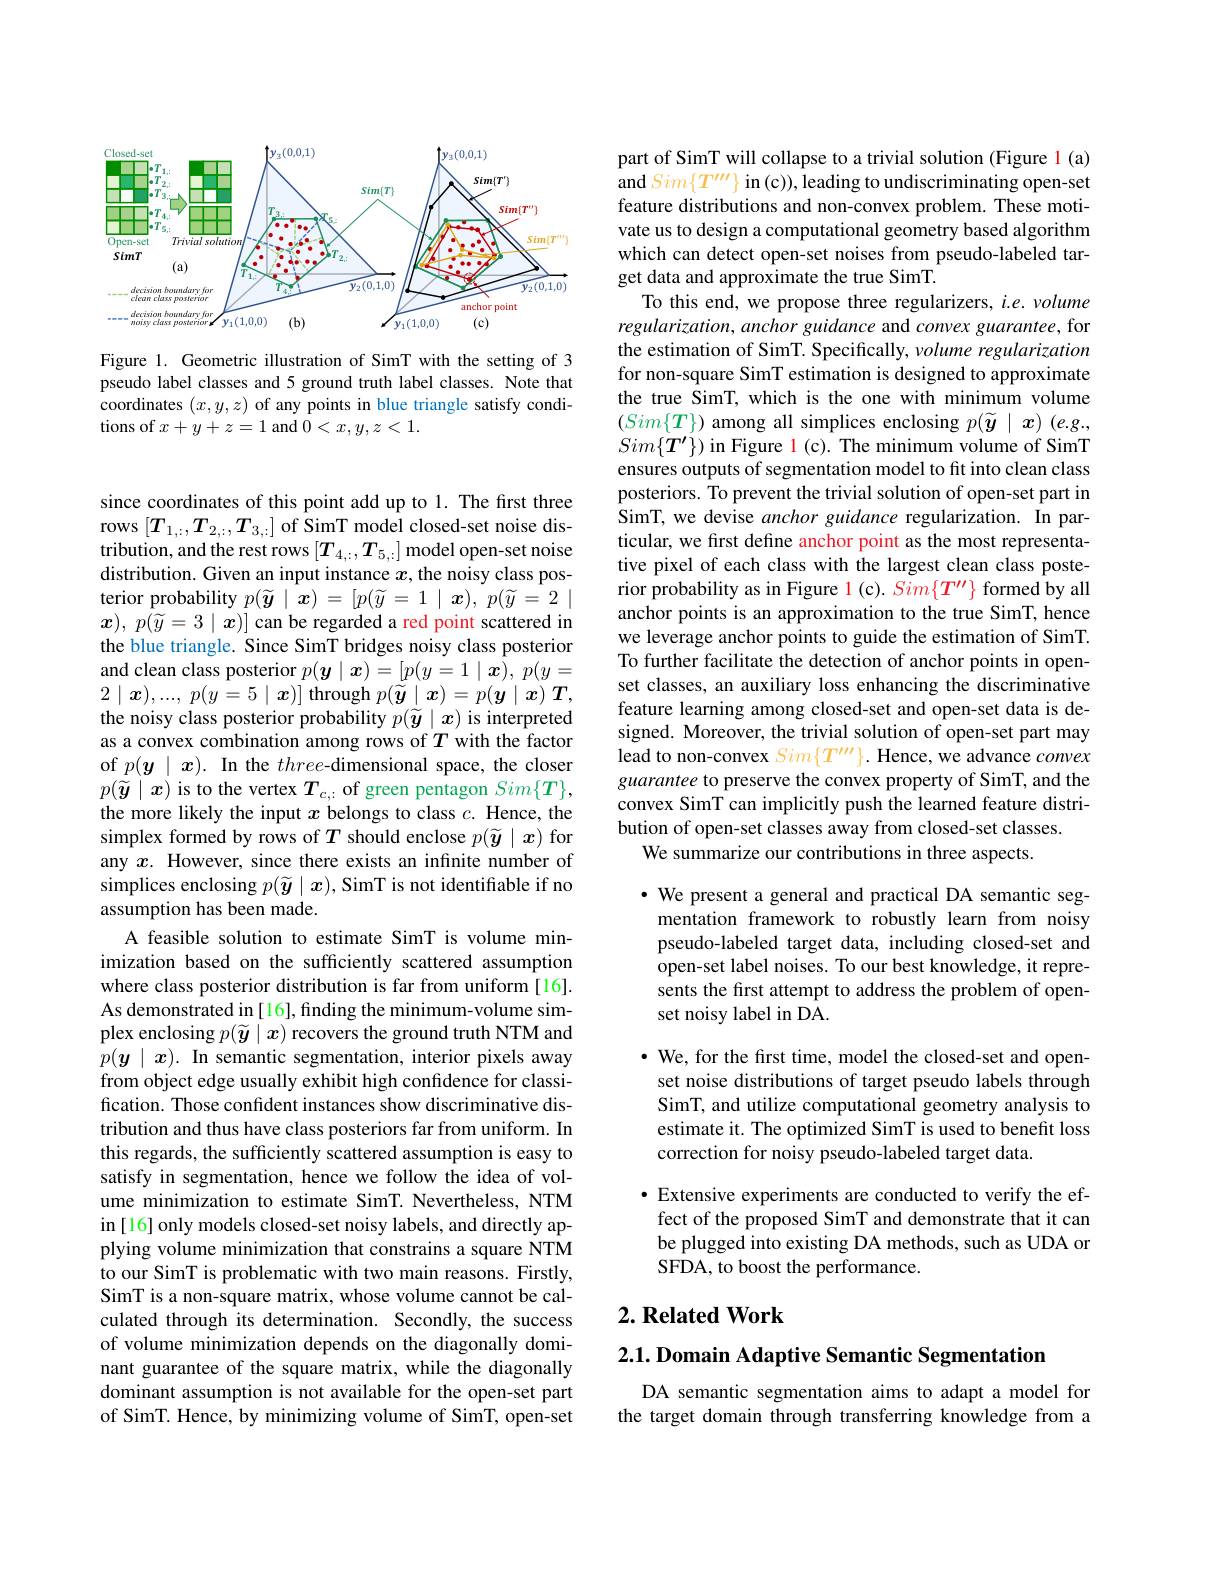
<FigureHere>

Figure 1. Geometric illustration of SimT with the setting of 3 pseudo label classes and 5 ground truth label classes. Note that coordinates $(x,y,z)$ of any points in blue triangle satisfy conditions of $x+y+z=1$ and $0<x,y,z<1.$

since coordinates of this point add up to 1. The first three rows $[T_{1,:},T_{2,:},T_{3,:}]$ of SimT model closed-set noise distribution, and the rest rows $[T_{4,:},T_{5,:}]$ model open-set noise distribution. Given an input instance $x$, the noisy class posterior probability $p( \widetilde{\boldsymbol{y}} \mid \boldsymbol{x}) = [ p( \widetilde{y} = 1\mid \boldsymbol{x}) $, $p( \widetilde{y} = 2\mid$ $\boldsymbol{x}) $, $p( \widetilde{y} = 3\mid \boldsymbol{x}) ]$ can be regarded a red point scattered in the blue triangle. Since SimT bridges noisy class posterior and clean class posterior $p(\boldsymbol{y}\mid\boldsymbol{x})=[p(y=1\mid\boldsymbol{x}),p(y=$ $2\mid \boldsymbol{x}) , . . . $, $p( y= 5\mid \boldsymbol{x}) ]$ through $p(\tilde{\boldsymbol{y}}\mid\boldsymbol{x})=p(\boldsymbol{y}\mid\boldsymbol{x})\boldsymbol{T}$, the noisy class posterior probability $p(\widetilde{\boldsymbol{y}}\mid\boldsymbol{x})$ is interpreted as a convex combination among rows of $T$ with the factor of $p(\boldsymbol{y}\mid\boldsymbol{x}).$ In the three-dimensional space, the closer $p(\widetilde{\boldsymbol{y}}\mid\boldsymbol{x})$ is to the vertex $T_c,:$ of green pentagon $Sim\{T\}$, the more likely the input $x$ belongs to class $c.$ Hence, the simplex formed by rows of $T$ should enclose $p(\widetilde{\boldsymbol{y}}\mid\boldsymbol{x})$ for any $x.$ However, since there exists an infinite number of simplices enclosing $p(\widetilde{\boldsymbol{y}}\mid\boldsymbol{x})$, SimT is not identifiable if no assumption has been made.
A feasible solution to estimate SimT is volume minimization based on the sufficiently scattered assumption where class posterior distribution is far from uniform [16]. As demonstrated in [16], finding the minimum-volume simplex enclosing $p(\widetilde{\boldsymbol{y}}\mid\boldsymbol{x})$ recovers the ground truth NTM and $p(\boldsymbol{y}\mid\boldsymbol{x}).$ In semantic segmentation, interior pixels away from object edge usually exhibit high confidence for classification. Those confident instances show discriminative distribution and thus have class posteriors far from uniform. In this regards, the sufficiently scattered assumption is easy to satisfy in segmentation, hence we follow the idea of volume minimization to estimate SimT. Nevertheless, NTM in [16] only models closed-set noisy labels, and directly applying volume minimization that constrains a square NTM to our SimT is problematic with two main reasons. Firstly, SimT is a non-square matrix, whose volume cannot be calculated through its determination. Secondly, the success of volume minimization depends on the diagonally dominant guarantee of the square matrix, while the diagonally dominant assumption is not available for the open-set part of SimT. Hence, by minimizing volume of SimT, open-set

part of SimT will collapse to a trivial solution (Figure l (a) $\operatorname{and}Sim\{T^{\prime\prime\prime}\}$ in(c)), leading to undiscriminating open-set feature distributions and non-convex problem. These motivate us to design a computational geometry based algorithm which can detect open-set noises from pseudo-labeled target data and approximate the true SimT.
To this end, we propose three regularizers, $i.e.volume$ regularization, anchor guidance and convex guarantee, for the estimation of SimT. Specifically, volume regularization for non-square SimT estimation is designed to approximate the true SimT, which is the one with minimum volume $(Sim\{T\})$ among all simplices enclosing $p(\widetilde{\boldsymbol{y}}\mid\boldsymbol{x})$ (e.g., $Sim\{\boldsymbol{T^{\prime}}\})$ in Figure l (c). The minimum volume of SimT ensures outputs of segmentation model to fit into clean class posteriors. To prevent the trivial solution of open-set part in $\hat{\text{SimT, we devise anchor guidance regularization. In par-}}$ ticular, we first define anchor point as the most representative pixel of each class with the largest clean class posterior probability as in Figure l (c). $Sim\{T^{\prime\prime}\}$ formed by all anchor points is an approximation to the true SimT, hence we leverage anchor points to guide the estimation of SimT. To further facilitate the detection of anchor points in openset classes, an auxiliary loss enhancing the discriminative feature learning among closed-set and open-set data is designed. Moreover, the trivial solution of open-set part may lead to non-convex $Sim\{T^{\prime\prime\prime}\}.$ Hence, we advance convex guarantee to preserve the convex property of SimT, and the convex SimT can implicitly push the learned feature distribution of open-set classes away from closed-set classes.
We summarize our contributions in three aspects.

· We present a general and practical DA semantic seg-
mentation framework to robustly learn from noisy pseudo-labeled target data, including closed-set and open-set label noises. To our best knowledge, it represents the first attempt to address the problem of openset noisy label in DA.

$\cdot$ We, for the first time, model the closed-set and openset noise distributions of target pseudo labels through SimT, and utilize computational geometry analysis to estimate it. The optimized SimT is used to benefit loss correction for noisy pseudo-labeled target data.

· Extensive experiments are conducted to verify the effect of the proposed SimT and demonstrate that it can be plugged into existing DA methods, such as UDA or SFDA, to boost the performance.

## $2. \textbf{ Related Work}$

$2. 1. \textbf{ Domain Adaptive Semantic Segmentation}$

DA semantic segmentation aims to adapt a model for the target domain through transferring knowledge from a